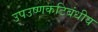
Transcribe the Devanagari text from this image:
उपउष्णकटिबंधीय